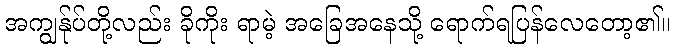
အကျွန်ုပ်တို့လည်း ခိုကိုး ရာမဲ့ အခြေအနေသို့ ရောက်ရပြန်လေတော့၏။